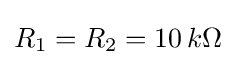
R_{1}=R_{2}=10\,k\Omega